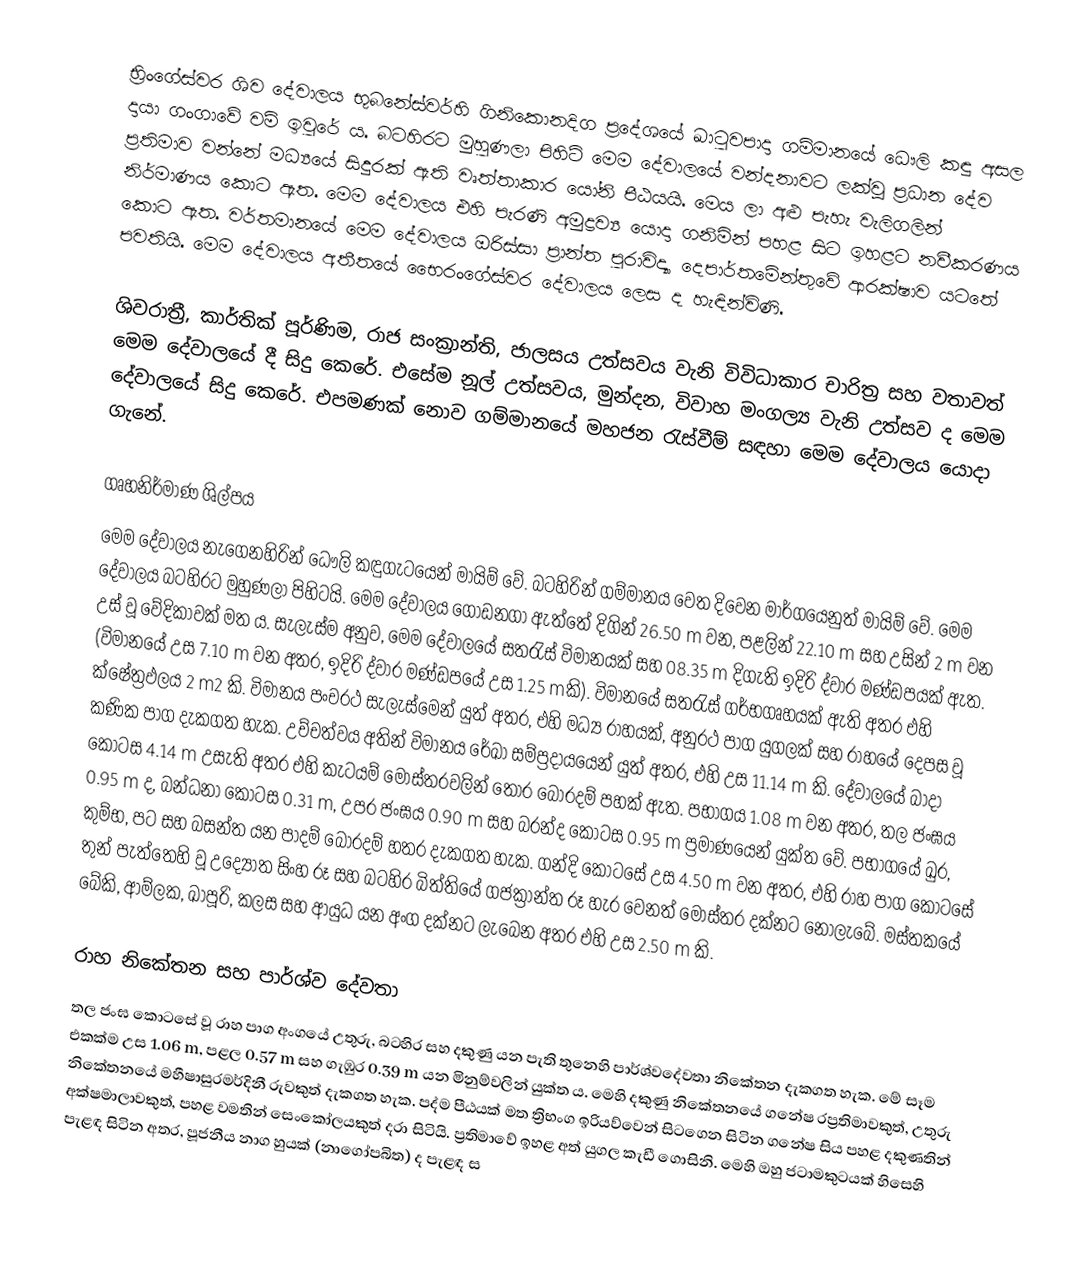
භ්‍රිංගේස්වර ශිව දේවාලය භුබනේස්වර්හි ගිනිකොනදිග ප්‍රදේශයේ ඛාටුවපාදා ගම්මානයේ ධෞලි කඳු අසල දායා ගංගාවේ වම් ඉවුරේ ය. බටහිරට මුහුණලා පිහිටි මෙම දේවාලයේ වන්දනාවට ලක්වූ ප්‍රධාන දේව ප්‍රතිමාව වන්නේ මධ්‍යයේ සිදුරක් ඇති වෘත්තාකාර යෝනි පීඨයයි. මෙය ලා අළු පැහැ වැලිගලින් නිර්මාණය කොට ඇත. මෙම දේවාලය එහි පැරණි අමුද්‍රව්‍ය යොදා ගනිමින් පහළ සිට ඉහළට නවීකරණය කොට ඇත. වර්තමානයේ මෙම දේවාලය ඔරිස්සා ප්‍රාන්ත පුරාවිද්‍යා දෙපාර්තමේන්තුවේ ආරක්ෂාව යටතේ පවතියි. මෙම දේවාලය අතීතයේ භෛරංගේස්වර දේවාලය ලෙස ද හැඳින්විණි.

ශිවරාත්‍රී, කාර්තික් පූර්ණිම, රාජ සංක්‍රාන්ති, ජාලසය උත්සවය වැනි විවිධාකාර චාරිත්‍ර සහ වතාවත් මෙම දේවාලයේ දී සිදු කෙරේ. එසේම නූල් උත්සවය, මුන්දන, විවාහ මංගල්‍ය වැනි උත්සව ද මෙම දේවාලයේ සිදු කෙරේ. එපමණක් නොව ගම්මානයේ මහජන රැස්වීම් සඳහා  මෙම දේවාලය යොදා ගැනේ.

ගෘහනිර්මාණ ශිල්පය
මෙම දේවාලය නැගෙනහිරින් ධෞලි කඳුගැටයෙන් මායිම් වේ. බටහිරින් ගම්මානය වෙත දිවෙන මාර්ගයෙනුත් මායිම් වේ. මෙම දේවාලය බටහිරට මුහුණලා පිහිටයි. මෙම දේවාලය ගොඩනගා ඇත්තේ දිගින් 26.50 m වන, පළලින් 22.10 m සහ උසින් 2 m වන උස් වූ වේදිකාවක් මත ය. සැලැස්ම අනුව, මෙම දේවාලයේ සතරැස් විමානයක් සහ 08.35 m දිගැති ඉදිරි ද්වාර මණ්ඩපයක් ඇත. (විමානයේ උස 7.10 m වන අතර, ඉදිරි ද්වාර මණ්ඩපයේ උස 1.25 mකි). විමානයේ සතරැස් ගර්භගෘහයක් ඇති අතර එහි ක්ෂේත්‍රඵලය 2 m2 කි. විමානය පංචරථ සැලැස්මෙන් යුත් අතර, එහි මධ්‍ය රාහයක්, අනුරථ පාග යුගලක් සහ රාහයේ දෙපස වූ කණික පාග දැකගත හැක. උච්චත්වය අතින් විමානය රේඛා සම්ප්‍රදායයෙන් යුත් අතර, එහි උස 11.14 m කි. දේවාලයේ බාදා කොටස 4.14 m උසැති අතර එහි කැටයම් මෝස්තරවලින් තොර බොරදම් පහක් ඇත. පභාගය 1.08 m වන අතර, තල ජංඝය 0.95 m ද, බන්ධනා කොටස 0.31 m, උපර ජංඝය 0.90 m සහ බරන්ද කොටස 0.95 m ප්‍රමාණයෙන් යුක්ත වේ. පභාගයේ ඛුර, කුම්භ, පට සහ බසන්ත යන පාදම් බොරදම් හතර දැකගත හැක. ගන්දි කොටසේ උස 4.50 m වන අතර, එහි රාහ පාග කොටසේ තුන් පැත්තෙහි වූ උද්‍යෝත සිංහ රූ සහ බටහිර බිත්තියේ ගජක්‍රාන්ත රූ හැර වෙනත් මෝස්තර දක්නට නොලැබේ. මස්තකයේ ‍බේකි, ආම්ලක, ඛාපූරි, කලස සහ ආයුධ යන අංග දක්නට ලැබෙන අතර එහි උස 2.50 m කි.

රාහ නිකේතන සහ පාර්ශ්ව දේවතා
තල ජංඝ කොටසේ වූ රාහ පාග අංගයේ උතුරු, බටහිර සහ දකුණු යන පැති තුනෙහි පාර්ශ්වදේවතා නිකේතන දැකගත හැක. මේ සෑම එකක්ම උස 1.06 m, පළල 0.57 m සහ ගැඹුර 0.39 m යන මිනුම්වලින් යුක්ත ය. මෙහි දකුණු නිකේතනයේ ගනේෂ රප්‍රතිමාවකුත්, උතුරු නිකේතනයේ මහීෂාසුරමර්දිනී රුවකුත් දැකගත හැක. පද්ම පීඨයක් මත ත්‍රිභංග ඉරියව්වෙන් සිටගෙන සිටින ගනේෂ සිය පහළ දකුණතින් අක්ෂමාලාවකුත්, පහළ වමතින් සෙංකෝලයකුත් දරා සිටියි. ප්‍රතිමාවේ ඉහළ අත් යුගල කැඩී ගොසිනි. මෙහි ඔහු ජටාමකුටයක් හිසෙහි පැළඳ සිටින අතර, පූජනීය නාග හුයක් (නාගෝපබිත) ද පැළඳ ස